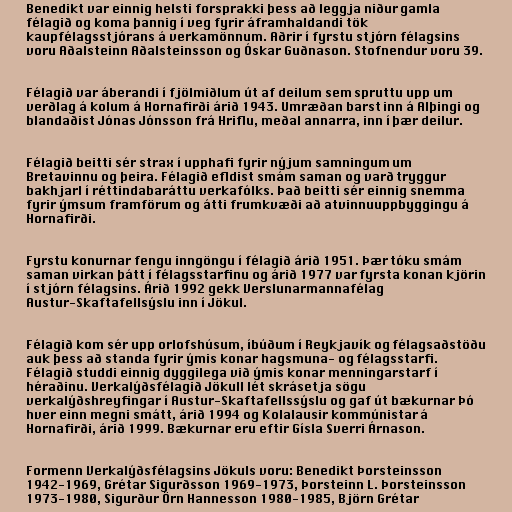
Benedikt var einnig helsti forsprakki þess að leggja niður gamla
félagið og koma þannig í veg fyrir áframhaldandi tök
kaupfélagsstjórans á verkamönnum. Aðrir í fyrstu stjórn félagsins
voru Aðalsteinn Aðalsteinsson og Óskar Guðnason. Stofnendur voru 39.

Félagið var áberandi í fjölmiðlum út af deilum sem spruttu upp um
verðlag á kolum á Hornafirði árið 1943. Umræðan barst inn á Alþingi og
blandaðist Jónas Jónsson frá Hriflu, meðal annarra, inn í þær deilur.

Félagið beitti sér strax í upphafi fyrir nýjum samningum um
Bretavinnu og þeira. Félagið efldist smám saman og varð tryggur
bakhjarl í réttindabaráttu verkafólks. Það beitti sér einnig snemma
fyrir ýmsum framförum og átti frumkvæði að atvinnuuppbyggingu á
Hornafirði.

Fyrstu konurnar fengu inngöngu í félagið árið 1951. Þær tóku smám
saman virkan þátt í félagsstarfinu og árið 1977 var fyrsta konan kjörin
í stjórn félagsins. Árið 1992 gekk Verslunarmannafélag
Austur-Skaftafellsýslu inn í Jökul.

Félagið kom sér upp orlofshúsum, íbúðum í Reykjavík og félagsaðstöðu
auk þess að standa fyrir ýmis konar hagsmuna- og félagsstarfi.
Félagið studdi einnig dyggilega við ýmis konar menningarstarf í
héraðinu. Verkalýðsfélagið Jökull lét skrásetja sögu
verkalýðshreyfingar í Austur-Skaftafellssýslu og gaf út bækurnar Þó
hver einn megni smátt, árið 1994 og Kolalausir kommúnistar á
Hornafirði, árið 1999. Bækurnar eru eftir Gísla Sverri Árnason.

Formenn Verkalýðsfélagsins Jökuls voru: Benedikt Þorsteinsson
1942-1969, Grétar Sigurðsson 1969-1973, Þorsteinn L. Þorsteinsson
1973-1980, Sigurður Örn Hannesson 1980-1985, Björn Grétar